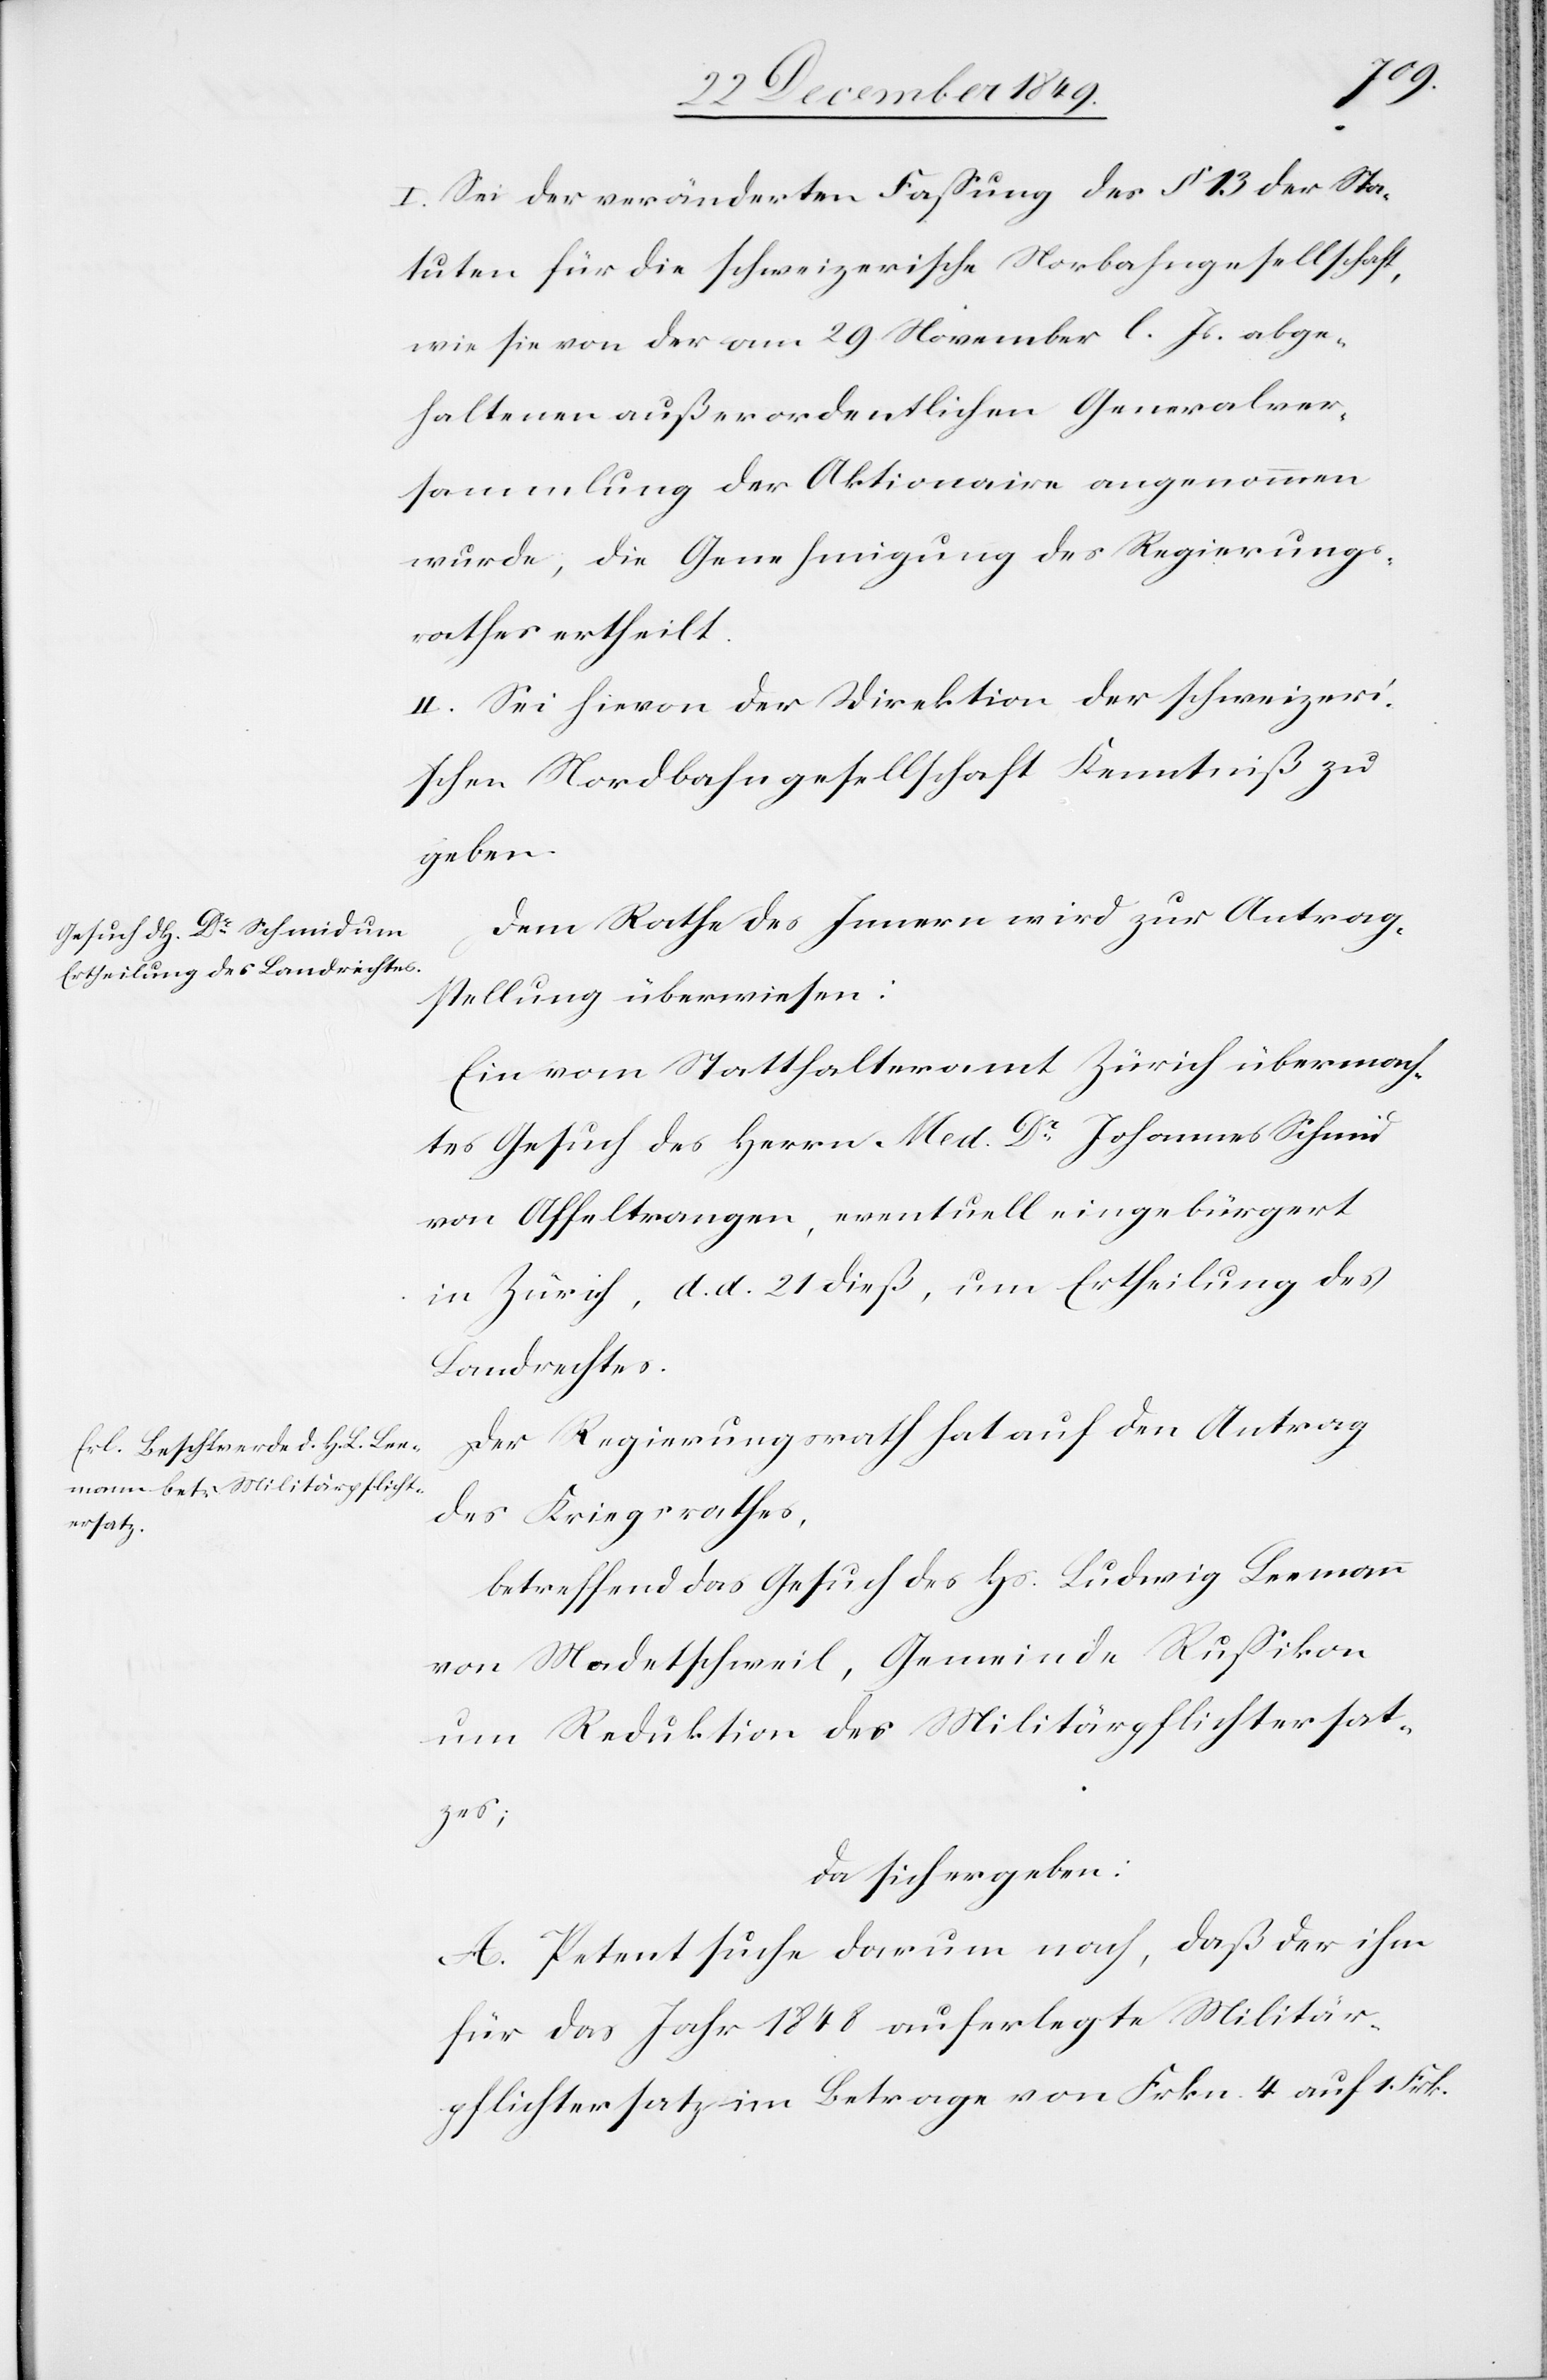
I. Sei der veränderten Faßung des § 13 der Sta¬
tuten für die schweizerische Nor[d]bahngesellschaft,
wie sie von der am 29 November l. Js. abge¬
haltenen außerordentlichen Generalver¬
sammlung der Aktionaire angenommen
wurde, die Genehmigung des Regierungs¬
rathes ertheilt.
II. Sei hievon der Direktion der schweizeri¬
schen Nordostbahngesellschaft Kenntniß zu
geben.
Dem Rathe des Innern wird zur Antrag¬
stellung überwiesen:
Ein vom Statthalteramt Zürich übermach¬
tes Gesuch des Herrn Med Dr Johannes Schmid
von Affeltrangen, eventuell eingebürgert
in Zürich, d. d. 21 dieß, um Ertheilung des
Landrechtes.
Der Regierungsrath hat auf den Antrag
des Kriegsrathes,
betreffend das Gesuch des Hs. Ludwig Leemann
von Madetschweil, Gemeinde Rußikon
um Reduktion des Militärpflichtersat¬
zes;
da sich ergeben:
A. Petent suche darum nach, daß der ihm
für das Jahr 1848 auferlegte Militär¬
pflichtersatz im Betrage von Frkn. 4 auf 1 Frk.